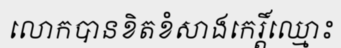
លោកបានខិតខំសាងកេរ្តិ៍ឈ្មោះ